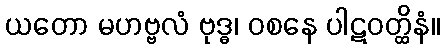
ယတော မဟဗ္ဗလံ ဗုဒ္ဓ၊ ဝစနေ ပါဋဝတ္ထိနံ။